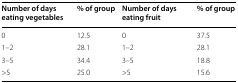
<table><thead><tr><td><b>Number of days eating vegetables</b></td><td><b>% of group</b></td><td><b>Number of days eating fruit</b></td><td><b>% of group</b></td></tr></thead><tbody><tr><td>0</td><td>12.5</td><td>0</td><td>37.5</td></tr><tr><td>1–2</td><td>28.1</td><td>1–2</td><td>28.1</td></tr><tr><td>3–5</td><td>34.4</td><td>3–5</td><td>18.8</td></tr><tr><td>&gt;5</td><td>25.0</td><td>&gt;5</td><td>15.6</td></tr></tbody></table>